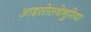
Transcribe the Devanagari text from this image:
आइसोसथेनुरिया